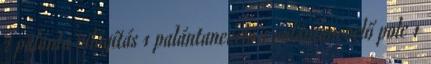
2 palánta világítás 1 palántanevelő 1 palántanevelő polc 1